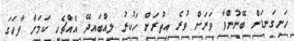
ހަށިގަނޑަށް ބޭނުންވާ ވަރަށް ވުރެ އިތުރަށް ހަކުރު ލިއްބައިދޭ އެއްޗެހި ކަމަށް ފާހަގަ